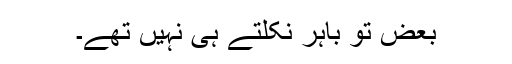
بعض تو باہر نکلتے ہی نہیں تھے۔